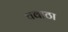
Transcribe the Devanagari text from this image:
चवाठा